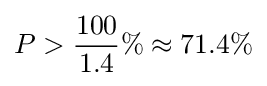
P>{\frac {100}{1.4}}\%\approx 71.4\%